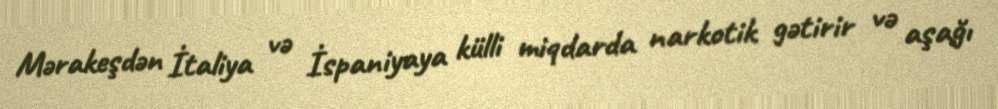
Mərakeşdən İtaliya və İspaniyaya külli miqdarda narkotik gətirir və aşağı